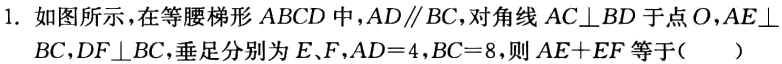
1. 如图所示，在等腰梯形 \(ABCD\) 中，\(AD\parallel BC\)，对角线 \(AC\perp BD\) 于点 \(O\)，\(AE\perp BC\)，\(DF\perp BC\)，垂足分别为 \(E、F\)，\(AD = 4\)，\(BC = 8\)，则 \(AE + EF\) 等于（  ）